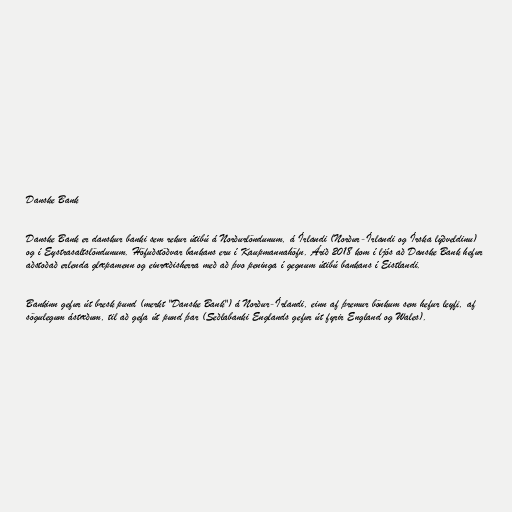
Danske Bank

Danske Bank er danskur banki sem rekur útibú á Norðurlöndunum, á Írlandi (Norður-Írlandi og Írska lýðveldinu)
og í Eystrasaltslöndunum. Höfuðstöðvar bankans eru í Kaupmannahöfn. Árið 2018 kom í ljós að Danske Bank hefur
aðstoðað erlenda glæpamenn og einræðisherra með að þvo peninga í gegnum útibú bankans í Eistlandi.

Bankinn gefur út bresk pund (merkt "Danske Bank") á Norður-Írlandi, einn af þremur bönkum sem hefur leyfi, af
sögulegum ástæðum, til að gefa út pund þar (Seðlabanki Englands gefur út fyrir England og Wales).